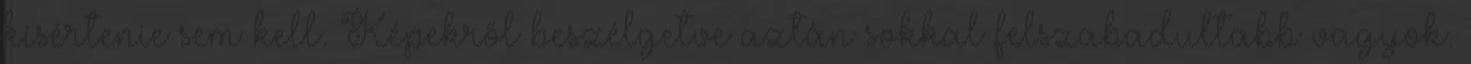
kísértenie sem kell. Képekről beszélgetve aztán sokkal felszabadultabb vagyok.